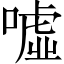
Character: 噓